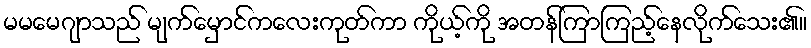
မမမေဂျာသည် မျက်မှောင်ကလေးကုတ်ကာ ကိုယ့်ကို အတန်ကြာကြည့်နေလိုက်သေး၏။